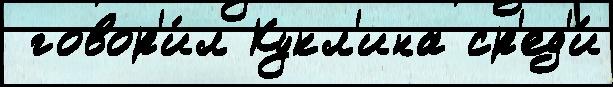
 говор'и́л Кукл'ина ср'ед'и́